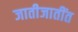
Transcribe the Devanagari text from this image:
जातीजातींत